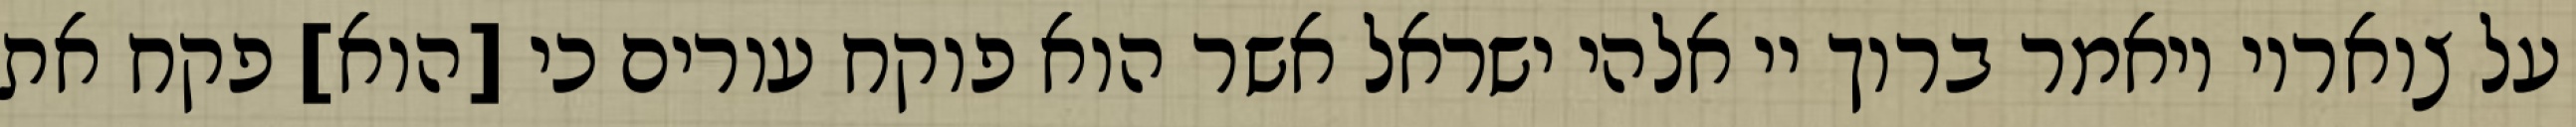
על צואריו ויאמר ברוך יי אלהי ישראל אשר הוא פוקח עורים כי [הוא] פקח את